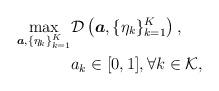
LaTeX: \begin{align*}\begin{aligned}\max _{\boldsymbol{a},\{\eta_k\}_{k=1}^{K}} &\mathcal{D}\left(\boldsymbol{a},\{\eta_k\}_{k=1}^{K}\right),\\ & a_{k} \in[0,1], \forall k \in \mathcal{K},\end{aligned}\end{align*}